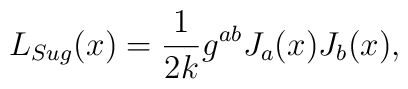
L_{Sug}(x) = \frac{1}{2k} g^{ab}J_a(x)J_b(x),